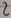
Text: 2